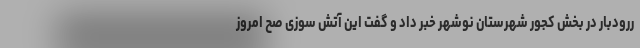
ررودبار در بخش کجور شهرستان نوشهر خبر داد و گفت این آتش سوزی صح امروز